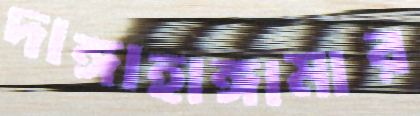
দাঙ্গাহাঙ্গামার